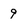
Character: 9